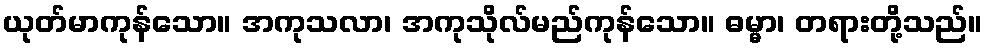
ယုတ်မာကုန်သော။ အကုသလာ၊ အကုသိုလ်မည်ကုန်သော။ ဓမ္မာ၊ တရားတို့သည်။